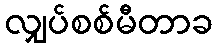
လျှပ်စစ်မီတာခ